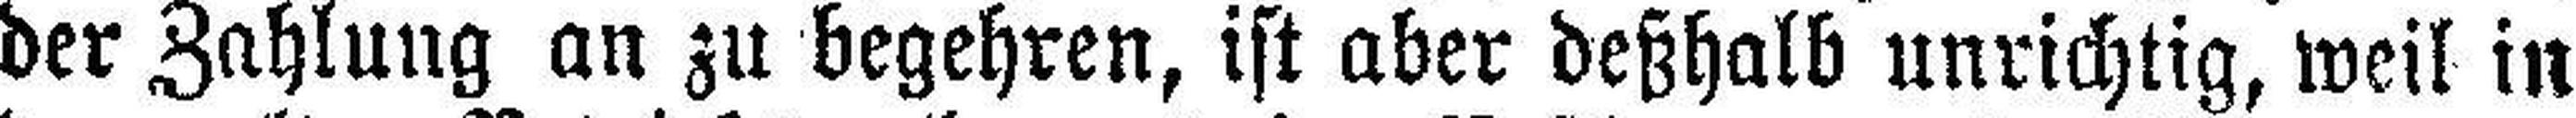
der Zahlung an zu begehren, ist aber deßhalb unrichtig, weil in